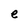
Character: e